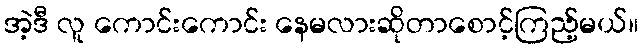
အဲ့ဒီ လူ ကောင်းကောင်း နေမလားဆိုတာစောင့်ကြည့်မယ်။